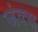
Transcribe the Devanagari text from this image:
जंक्स